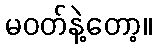
မဝတ်နဲ့တော့။